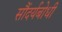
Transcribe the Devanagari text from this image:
सौंदर्यबोधी